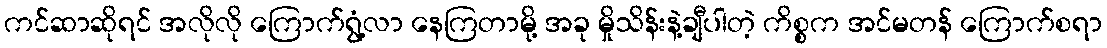
ကင်ဆာဆိုရင် အလိုလို ကြောက်ရွံ့လာ နေကြတာမို့ အခု မှိုသိန်းနဲ့ချီပါတဲ့ ကိစ္စက အင်မတန် ကြောက်စရာ